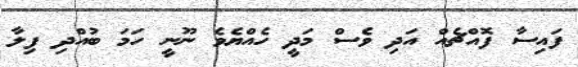
ފައިސާ ފޮއްޗެއް އަދި ވެސް މަދީ ހެއްޔެވެ ނޫނީ ހަމަ ބުއްދި ފިލާ